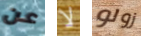
عن لا زولو